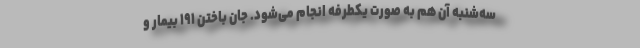
سه‌شنبه آن هم به صورت یکطرفه انجام می‌شود. جان باختن ۱۹۱ بیمار و